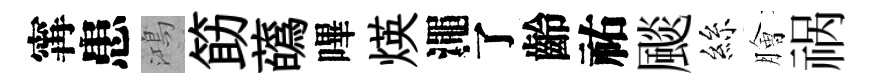
𡩋患鴻筯蘤嗶煐澠了齡祐颷絲膾祸